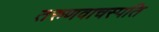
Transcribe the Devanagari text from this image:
तरुणवाचस्पति